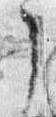
了